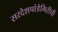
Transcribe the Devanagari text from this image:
सरदेशपांडेगिरीची